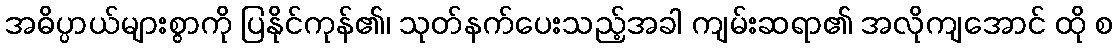
အဓိပ္ပာယ်များစွာကို ပြနိုင်ကုန်၏၊ သုတ်နက်ပေးသည့်အခါ ကျမ်းဆရာ၏ အလိုကျအောင် ထို စ